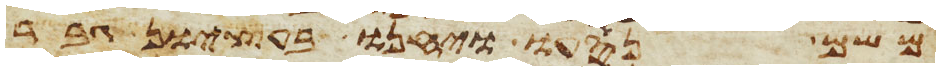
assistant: משם נסעו ויחנו בעציון גבר